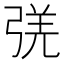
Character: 𰐛